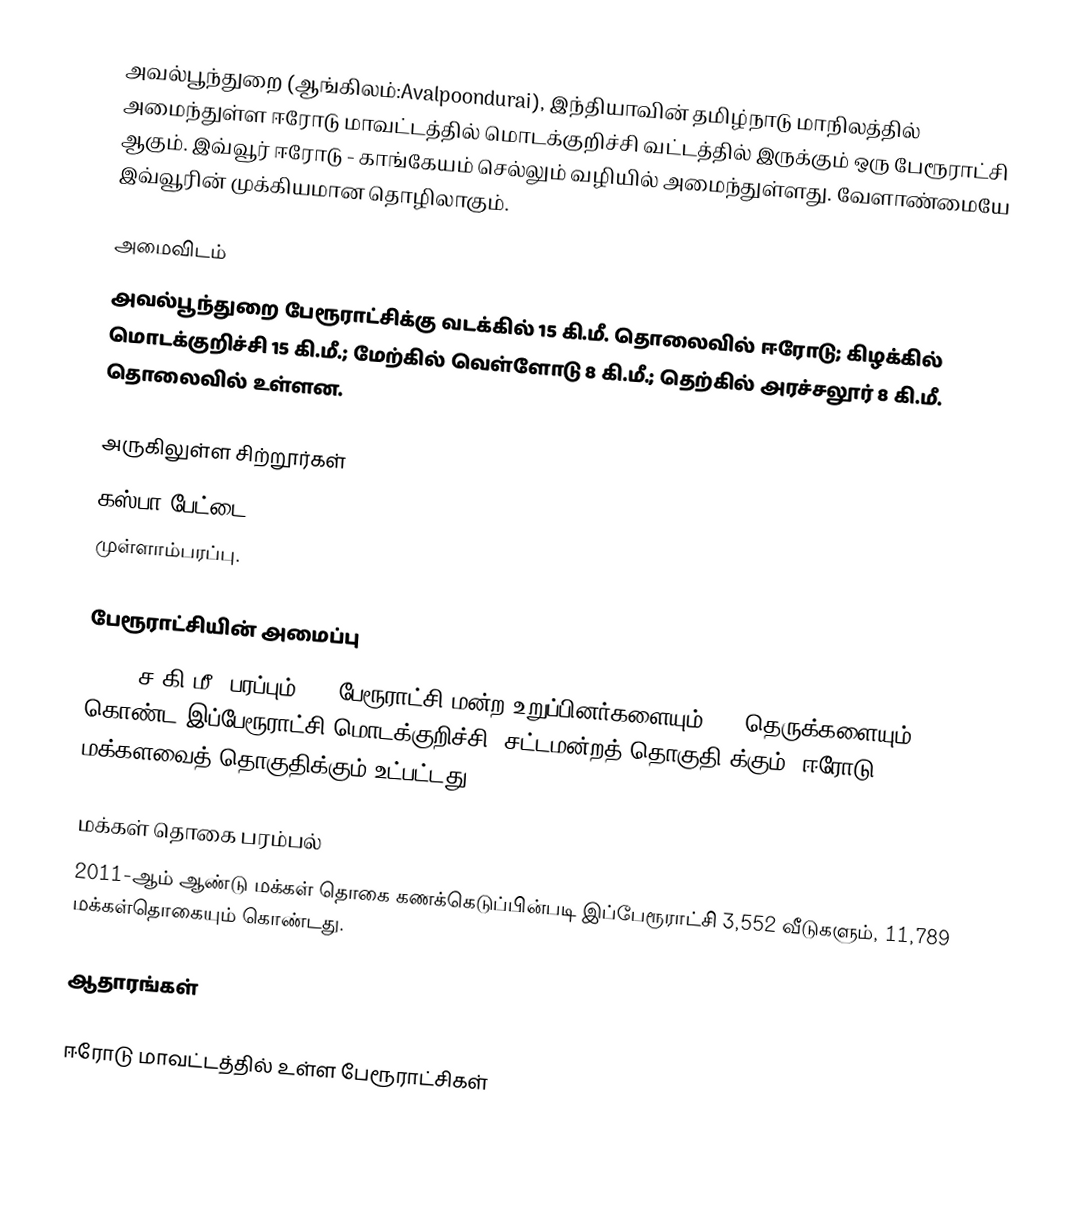
அவல்பூந்துறை (ஆங்கிலம்:Avalpoondurai), இந்தியாவின் தமிழ்நாடு மாநிலத்தில் அமைந்துள்ள ஈரோடு மாவட்டத்தில் மொடக்குறிச்சி வட்டத்தில் இருக்கும் ஒரு பேரூராட்சி ஆகும். இவ்வூர் ஈரோடு - காங்கேயம் செல்லும் வழியில் அமைந்துள்ளது. வேளாண்மையே இவ்வூரின் முக்கியமான தொழிலாகும்.

அமைவிடம்
அவல்பூந்துறை பேரூராட்சிக்கு வடக்கில் 15 கி.மீ. தொலைவில் ஈரோடு; கிழக்கில் மொடக்குறிச்சி 15 கி.மீ.; மேற்கில் வெள்ளோடு 8 கி.மீ.; தெற்கில் அரச்சலூர் 8 கி.மீ. தொலைவில் உள்ளன.

அருகிலுள்ள சிற்றூர்கள்
கஸ்பா பேட்டை.
முள்ளாம்பரப்பு.

பேரூராட்சியின் அமைப்பு
26.26 ச.கி.மீ. பரப்பும், 15 பேரூராட்சி மன்ற உறுப்பினர்களையும், 54 தெருக்களையும் கொண்ட இப்பேரூராட்சி மொடக்குறிச்சி   (சட்டமன்றத் தொகுதி)க்கும், ஈரோடு மக்களவைத் தொகுதிக்கும் உட்பட்டது.

மக்கள் தொகை பரம்பல்
2011-ஆம் ஆண்டு மக்கள் தொகை கணக்கெடுப்பின்படி  இப்பேரூராட்சி  3,552 வீடுகளும், 11,789 மக்கள்தொகையும் கொண்டது.

ஆதாரங்கள்

ஈரோடு மாவட்டத்தில் உள்ள பேரூராட்சிகள்